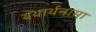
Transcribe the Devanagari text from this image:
यथार्थनामा